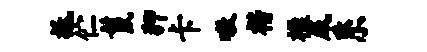
祗伫鬣狎卡嗷楷楹咸系